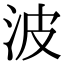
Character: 波